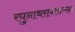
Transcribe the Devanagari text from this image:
रघुनाथरावसारखा